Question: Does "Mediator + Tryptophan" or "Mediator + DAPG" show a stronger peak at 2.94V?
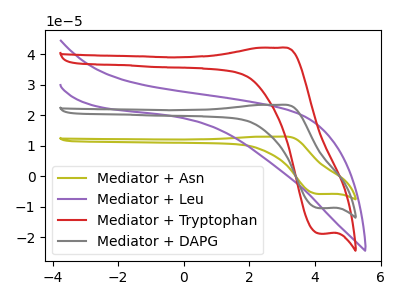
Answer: <think>The olive curve "Mediator + Asn" has an anodic peak at (2.95V, 46.90uA) and a cathodic peak at (4.15V, -20.90uA). The purple curve "Mediator + Leu" has no peaks. The red curve "Mediator + Tryptophan" has an anodic peak at (2.95V, 42.20uA) and a cathodic peak at (4.15V, -18.80uA). The gray curve "Mediator + DAPG" has an anodic peak at (2.95V, 23.45uA) and a cathodic peak at (4.15V, -10.45uA).</think>
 <answer>The peak at 2.94V is higher in "Mediator + Tryptophan" than in "Mediator + DAPG".</answer>
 <eval>higher</eval>